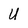
Character: U